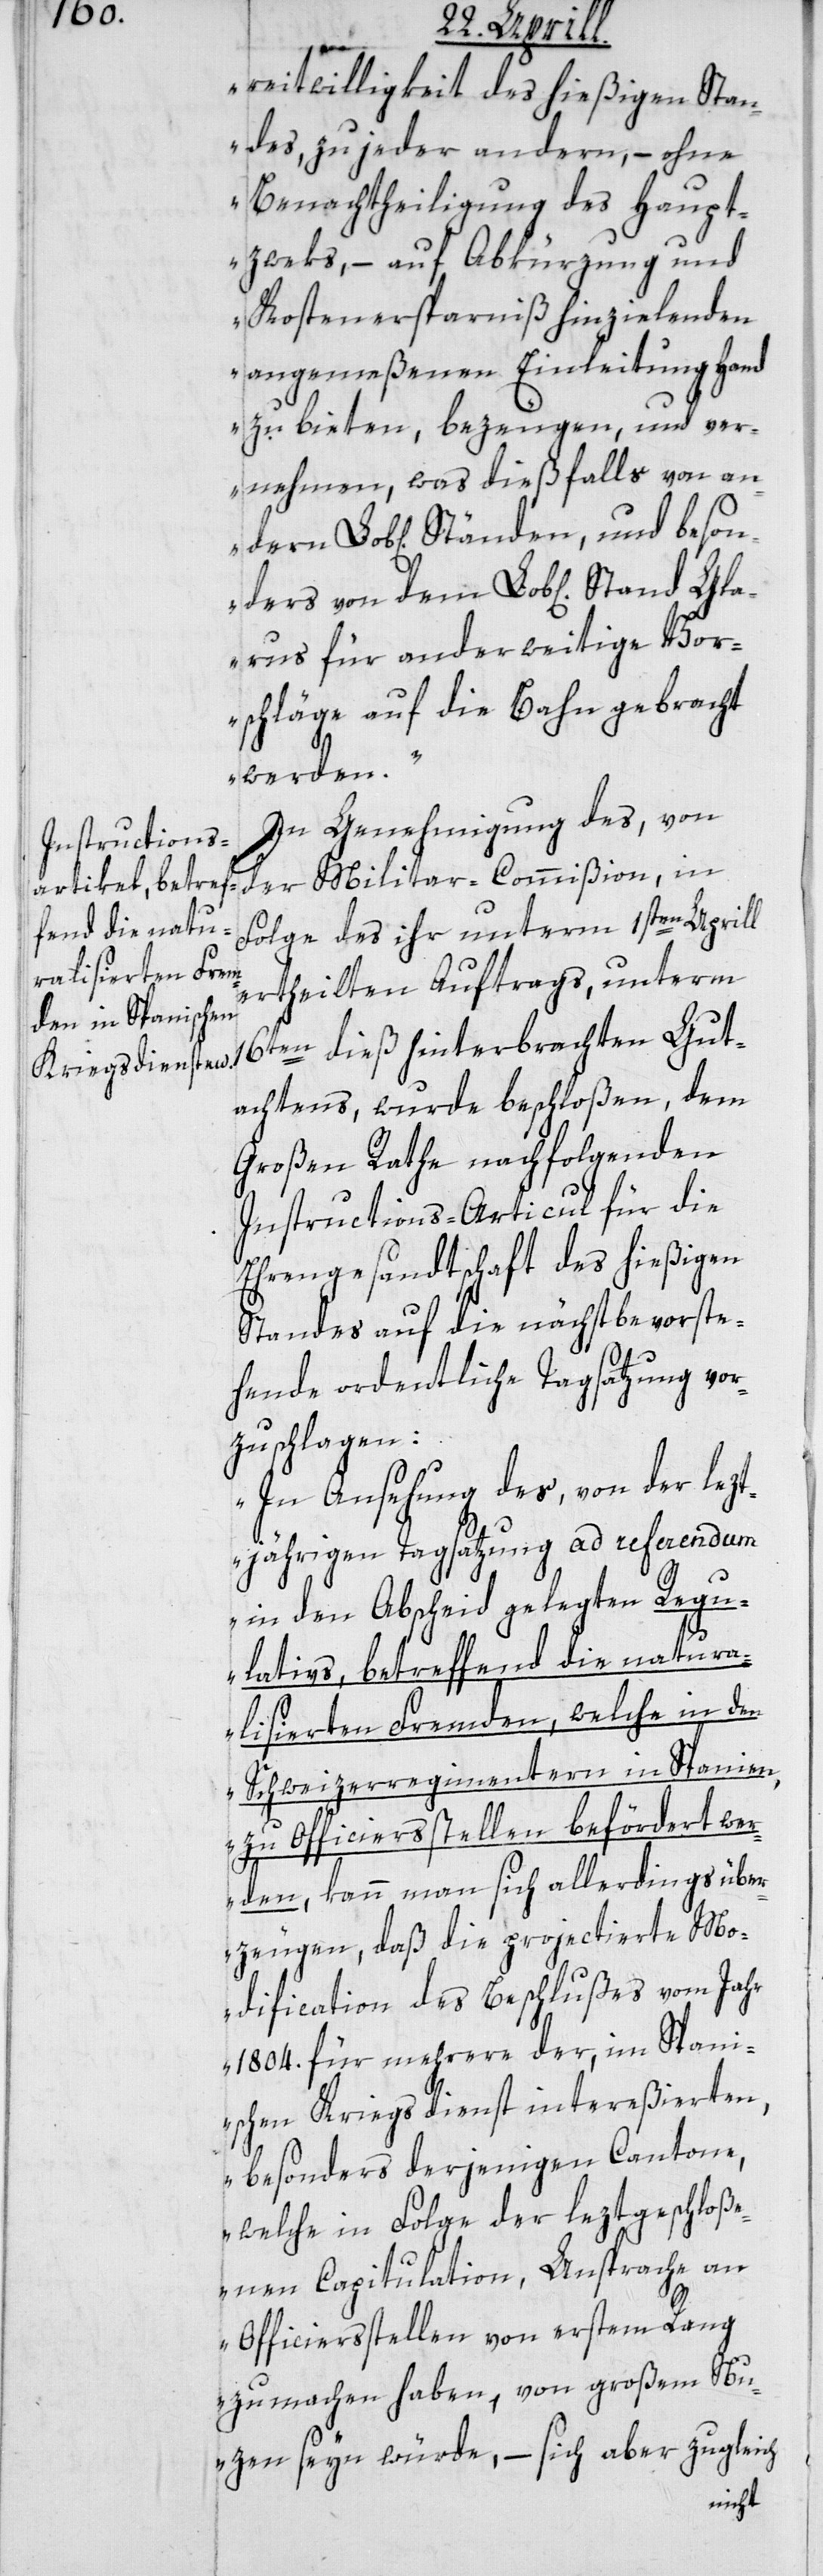
reitwilligkeit des hießigen Stan¬
des, zu jeder andern, – ohne
Benachtheiligung des Haupt¬
zweks, – auf Abkürzung und
Kostenersparniß hinzielenden
angemeßenen Einleitung Hand
zu bieten, bezeugen, und ver¬
nehmen, was dießfalls von an¬
Glarus für anderweitige Vor¬
schläge auf die Bahn gebracht
dern
werden“.
In Genehmigung des, von
der Militar-Commißion, in
Folge des ihr unterm 1sten Aprill
ertheilten Auftrags, unterm
16ten dieß hinterbrachten Gut¬
achtens, wurde beschloßen, dem
Großen Rathe nachfolgenden
Instructions-Articul für die
Ehrengesandtschaft des hießigen
Standes auf die nächst bevorste¬
hende ordentliche Tagsatzung vor¬
zuschlagen:
„In Ansehung des, von der lezt¬
jährigen Tagsatzung ad referendum
in den Abscheid gelegten Regu¬
lativs, betreffend die natura¬
lisierten Fremden, welche in den
Schweizerregimentern in Spanien,
zu Officiersstellen befördert we¬
rden, kann man sich allerdings über¬
zeugen, daß die projectierte Mo¬
dification des Beschlußes vom Jahr
1804. für mehrere der, im Spani¬
schen Kriegsdienst intereßierten,
besonders derjenigen Cantone,
welche in Folge der leztgeschloße¬
nen Capitulation, Ansprache an
Officiersstellen von erstem Rang
zu machen haben, von großem Nu¬
zen seyn würde, – sich aber zugleich